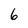
Character: 6